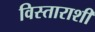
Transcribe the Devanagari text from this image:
विस्ताराशी